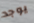
يوجد